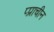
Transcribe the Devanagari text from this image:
प्प्राचीन